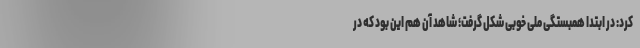
کرد: در ابتدا همبستگی ملی خوبی شکل گرفت؛ شاهد آن هم این بود که در